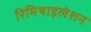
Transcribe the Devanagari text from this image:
रिमिथाइलेशन